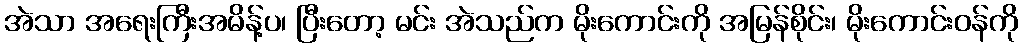
အဲသာ အရေးကြီးအမိန့်ပ၊ ပြီးတော့ မင်း အဲသည်က မိုးကောင်းကို အမြန်စိုင်း၊ မိုးကောင်းဝန်ကို